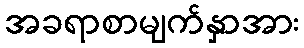
အခရာစာမျက်နှာအား